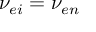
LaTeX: \nu _ { e i } = \nu _ { e n }